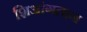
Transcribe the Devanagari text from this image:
शिआंगतान